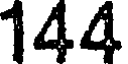
144